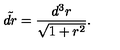
\tilde { d r } = { \frac { d ^ { 3 } r } { \sqrt { 1 + r ^ { 2 } } } } .